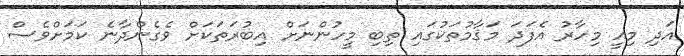
އަދި މިއީ މިހާރު އެފަދަ މަޤާމުތަކުގައި ތިބި މީހުންނަށް އިބުރަތަކަށް ވެގެންދާނެ ކަމަށްވެސް